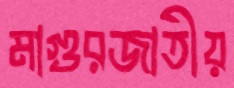
মাগুরজাতীয়